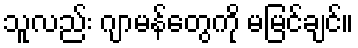
သူလည်း ဂျာမန်တွေကို မမြင်ချင်။